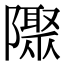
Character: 𨽁